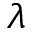
\lambda